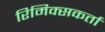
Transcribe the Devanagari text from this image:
रिमिक्सकर्ता